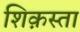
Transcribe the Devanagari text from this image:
शिक़स्ता